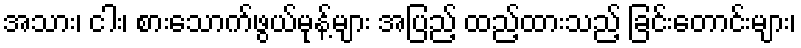
အသား၊ ငါး၊ စားသောက်ဖွယ်မုန့်များ အပြည့် ထည့်ထားသည့် ခြင်းတောင်းများ၊